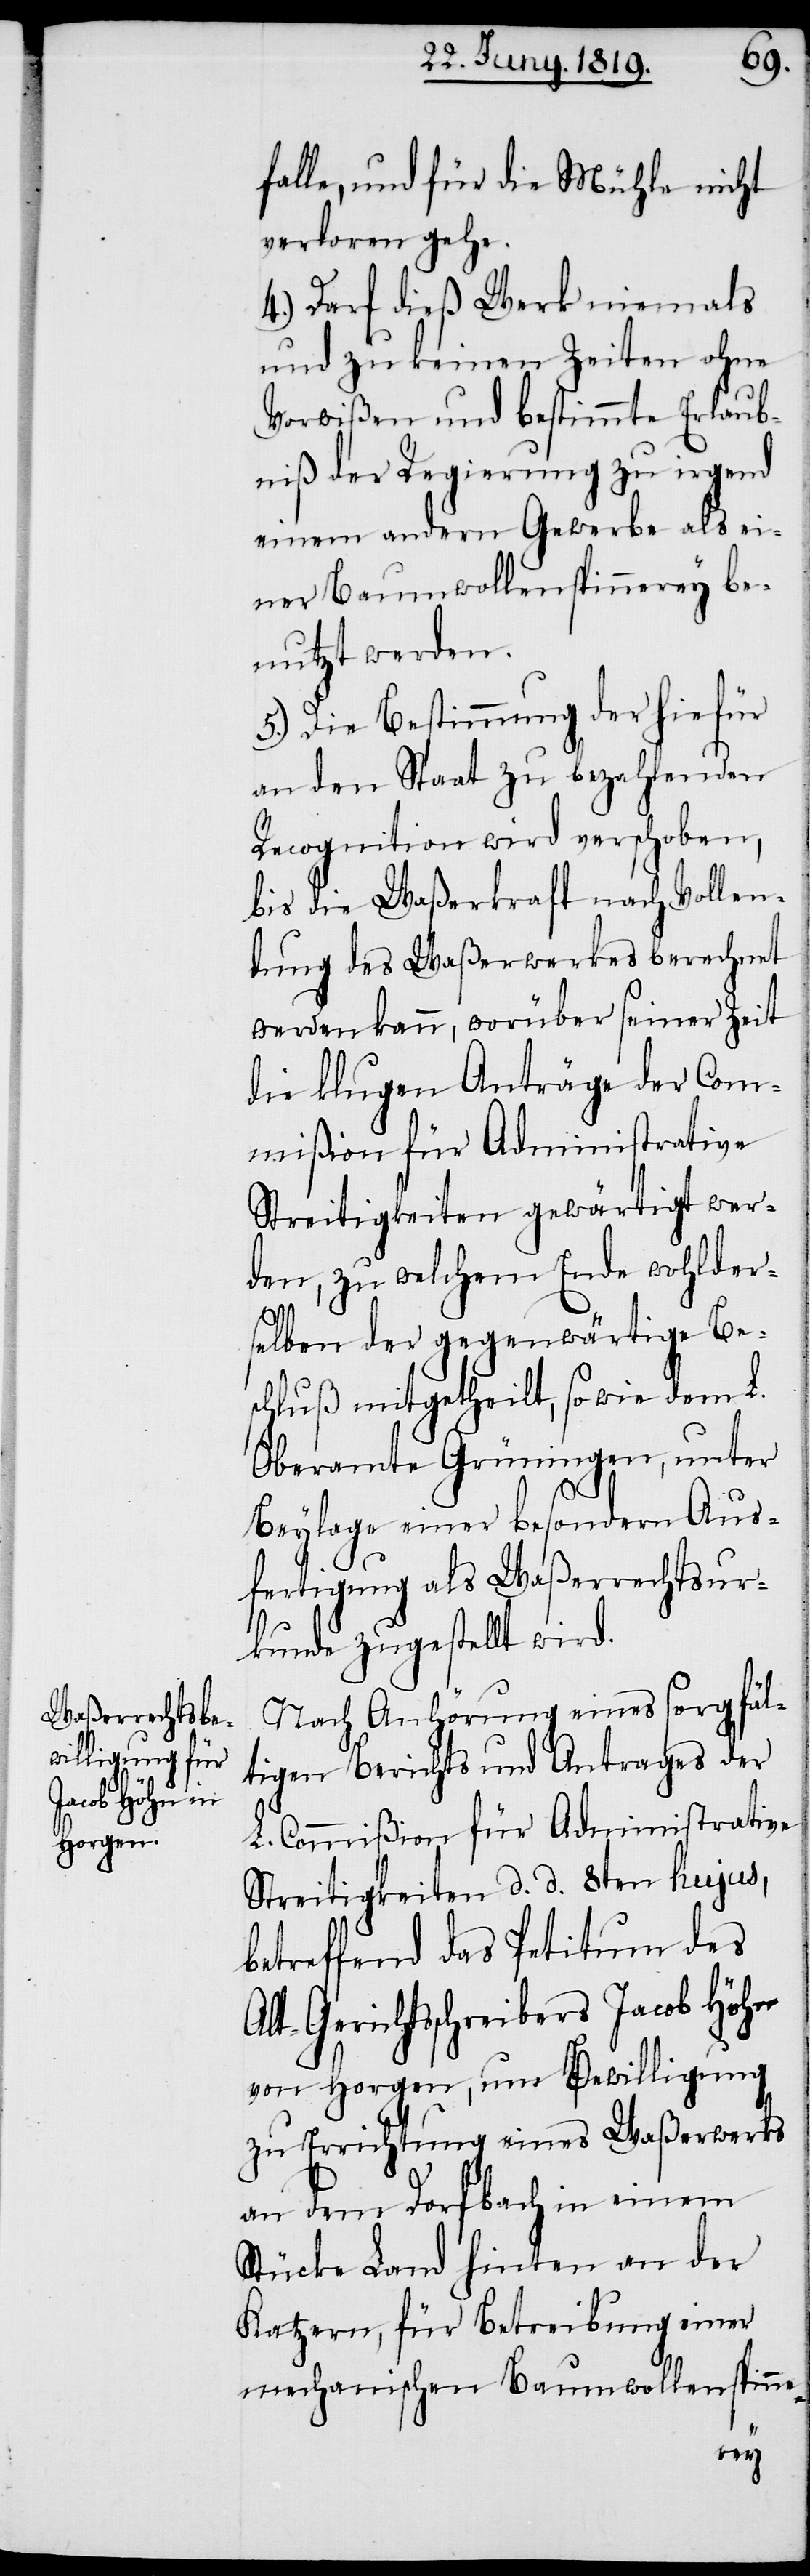
falle, und für die Mühle nicht
verloren gehe.
4.) Darf dieß Werk niemals
und zu keinen Zeiten ohne
Vorwißen und bestimmte Erlaub¬
niß der Regierung zu irgend
einem andern Gewerbe als ei¬
ner Baumwollenspinnerey be¬
nutzt werden.
5.) Die Bestimmung der hiefür
an den Staat zu bezahlenden
Recognition wird verschoben,
bis die Waßerkraft nach Vollen¬
dung des Waßerwerkes berechnet
werden kann, worüber seiner Zeit
die klugen Anträge der Com¬
mißion für Administrative
Streitigkeiten gewärtigt wer¬
den, zu welchem Ende wohlder¬
Alt-
selben der gegenwärtige Be¬
schluß mitgetheilt, sowie dem L.
Oberamte Grüningen, unter
Beylage einer besondern Aus¬
fertigung als Waßerrechtsur¬
kunde zugestellt wird.
Nach Anhörung eines sorgfäl¬
tigen Berichts und Antrages der
L. Commißion für Administrative
Streitigkeiten d. d. 8ten hujus,
betreffend das Petitum des
Gerichtsschreibers Jacob Höhn
von Horgen, um Bewilligung
zu Errichtung eines Waßerwerks
an dem Dorfbach in einem
Stücke Land hinten an der
Katzern, für Betreibung einer
mechanischen Baumwollenspinne-